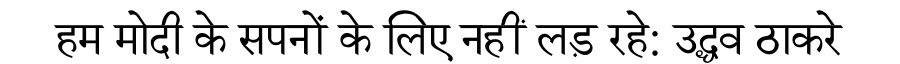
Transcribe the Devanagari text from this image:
हम मोदी के सपनों के लिए नहीं लड़ रहे: उद्धव ठाकरे